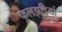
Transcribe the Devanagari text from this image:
फुलझड़ियां